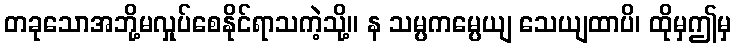
တခုသောအဘို့မလှုပ်စေနိုင်ရာသကဲ့သို့။ န သမ္ပကမ္ပေယျ သေယျထာပိ၊ ထိုမှဤမှ